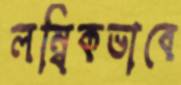
লম্বিকভাবে